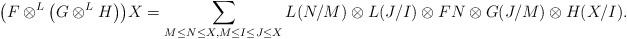
LaTeX: \begin{gather*} \big(F\otimes^L\big(G\otimes^LH\big)\big)X = \sum_{M\le N\le X, M\le I\le J\le X}{L(N/M)\otimes L(J/I)\otimes FN\otimes G(J/M)\otimes H(X/I)}.\end{gather*}